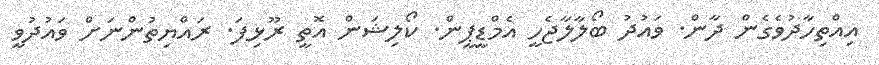
އިއްތިހާދުވެގެން ދާން. ވައުދު ބޯލާލާޖެހީ އެމްޑީޕީން. ކޯލިޝަން އޮތީ ރޫޅިފަ. ރައްޔިތުންނަށް ވައުދުވީ